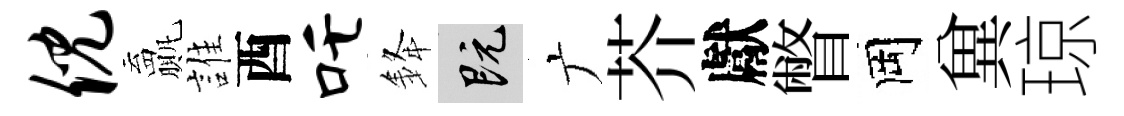
倪贏誰酉吒𨦟既广芥獻瞥岡兾琼